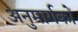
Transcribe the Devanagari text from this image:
अनुमार्गकों